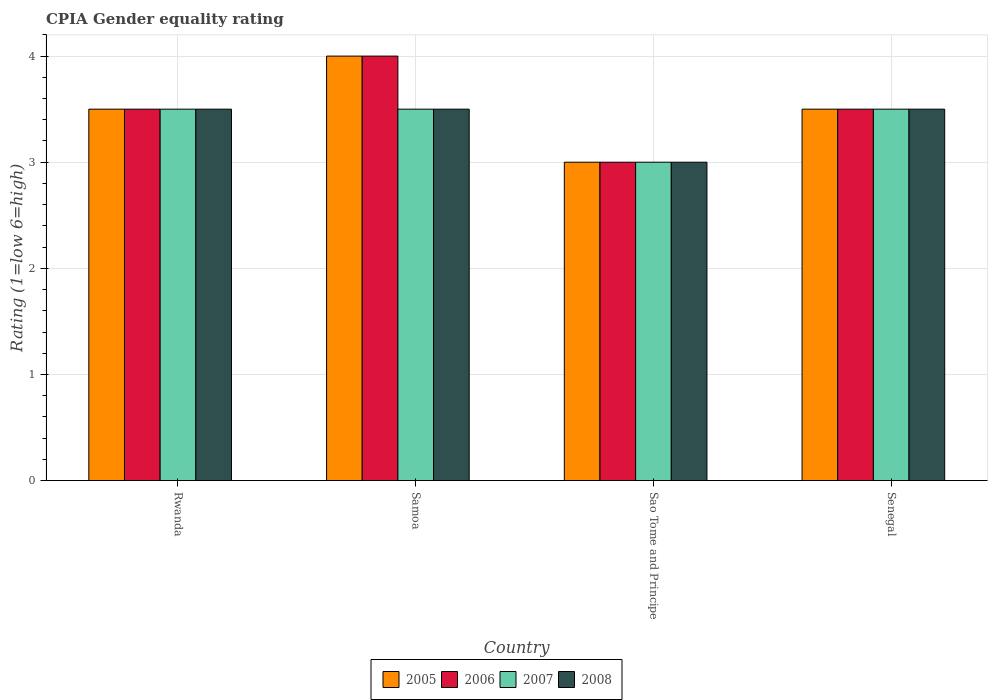
| Country | 2005 | 2006 | 2007 | 2008 |
 | --- | --- | --- | --- | --- |
 | Rwanda | 3.5 | 3.5 | 3.5 | 3.5 |
 | Samoa | 4 | 4 | 3.5 | 3.5 |
 | Sao Tome and Principe | 3 | 3 | 3 | 3 |
 | Senegal | 3.5 | 3.5 | 3.5 | 3.5 |